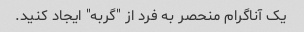
یک آناگرام منحصر به فرد از "گربه" ایجاد کنید.